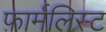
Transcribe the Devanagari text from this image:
फ़ार्मलिस्ट